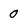
Character: 0